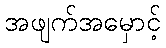
အဖျက်အမှောင့်